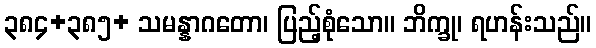
၃၈၄+၃၈၅+ သမန္နာဂတော၊ ပြည့်စုံသော။ ဘိက္ခု၊ ရဟန်းသည်။